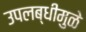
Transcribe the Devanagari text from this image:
उपलब्धीमुळे